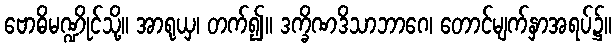
ဗောဓိမဏ္ဍိုင်သို့။ အာရုယှ၊ တက်၍။ ဒက္ခိဏဒိသာဘာဂေ၊ တောင်မျက်နှာအရပ်၌။